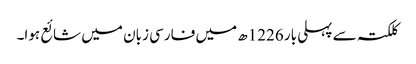
کلکتہ سے پہلی بار 1226ھ میں فارسی زبان میں شائع ہوا۔